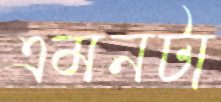
এমনটা